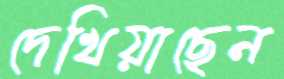
দেখিয়াছেন